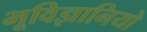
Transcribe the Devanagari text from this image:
भूविज्ञानियो